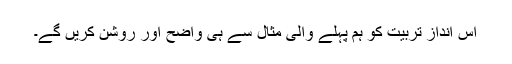
اس اندازِ تربیّت کو ہم پہلے والی مثال سے ہی واضح اور روشن کریں گے۔